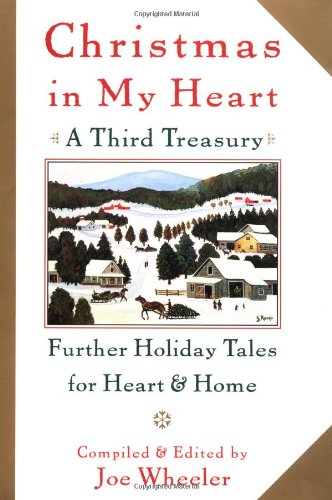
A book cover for Christmas in My Heart, A Third Treasury: Further Tales of Holiday Joy; Joe Wheeler; Religion & Spirituality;